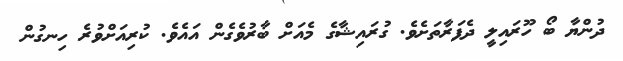
ދުންޔާ ބޯ ހޫރައިލީ ދެފަރާތަށެވެ. ގުރައިޝާގެ މެއަށް ބާރުވެގެން އައެވެ. ކުރިއަށްވުރެ ހިނގުން